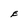
Character: E